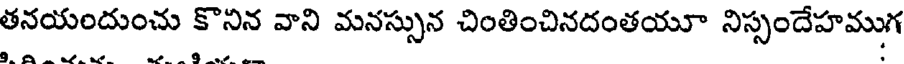
తనయందుంచు కొనిన వాని మనస్సున చింతించినదంతయూ నిస్సందేహముగ